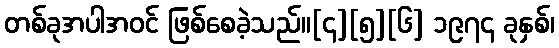
တစ်ခုအပါအဝင် ဖြစ်စေခဲ့သည်။[၄][၅][၆] ၁၉၇၄ ခုနှစ်၊